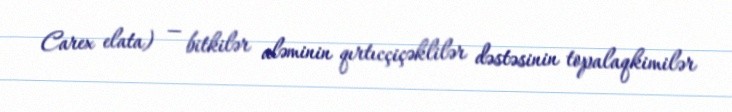
Carex elata) — bitkilər aləminin qırtıcçiçəklilər dəstəsinin topalaqkimilər